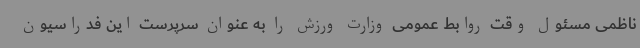
ناظمی مسئول وقت روابط عمومی وزارت ورزش را به عنوان سرپرست این فدراسیون